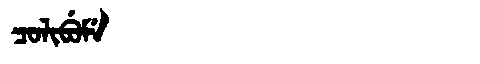
Manchu: ᠴᠣᠯᡳᠪᡠᠮᡝ
Romanization: COLIBUME